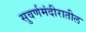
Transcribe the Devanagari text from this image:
सुवर्णमंदीरातील